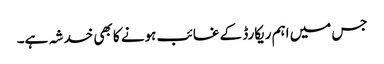
جس میں اہم ریکارڈ کے غائب ہونے کا بھی خدشہ ہے۔